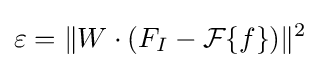
\varepsilon =\|W\cdot (F_{I}-{\mathcal {F}}\{f\})\|^{2}